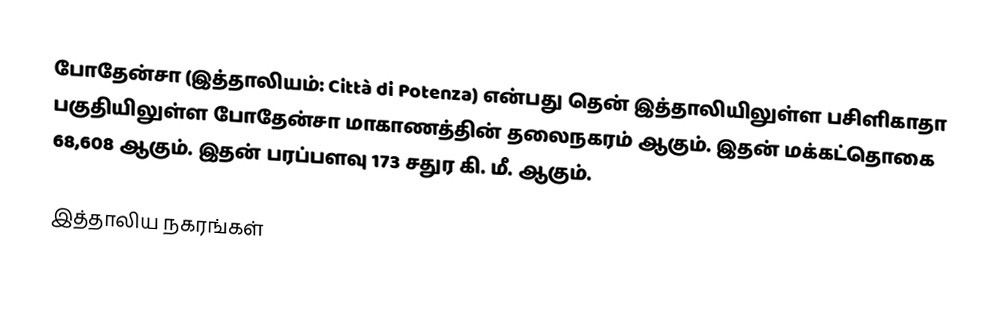
போதேன்சா (இத்தாலியம்: Città di Potenza) என்பது தென் இத்தாலியிலுள்ள பசிளிகாதா பகுதியிலுள்ள போதேன்சா மாகாணத்தின் தலைநகரம் ஆகும். இதன் மக்கட்தொகை 68,608 ஆகும். இதன் பரப்பளவு 173 சதுர கி. மீ. ஆகும்.

இத்தாலிய நகரங்கள்